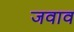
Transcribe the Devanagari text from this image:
जवाव